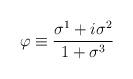
LaTeX: \begin{align*}\varphi\equiv\frac{\sigma^{1}+i\sigma^{2}}{1+\sigma^{3}}\end{align*}